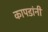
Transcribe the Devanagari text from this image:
कापडांनी